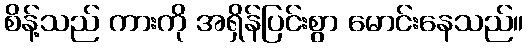
စိန့်သည် ကားကို အရှိန်ပြင်းစွာ မောင်းနေသည်။